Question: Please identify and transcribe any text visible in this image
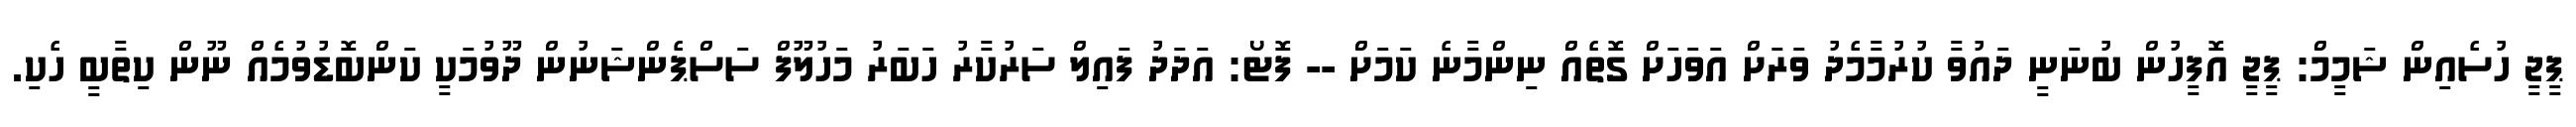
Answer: ޕީޖީ ހުސެއިން ޝަމީމް: ޕީޖީ އޮފީހުން ބުނަނީ ދައުވާ ކުރުމާމެދު ވަރަށް އަވަހަށް ގޮތެއް ނިންމާނެ ކަމަށް -- ފޮޓޯ: އަދަދު ފައިލް ސަރުކާރު ހަބަރު މަހުލޫފް ސަސްޕެންޝަނުން ދޫވުމަކީ ކަންބޮޑުވުމެއް ނޫން ކިތާބީ ހެކި.